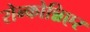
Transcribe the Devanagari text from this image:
रोन्कोन्निएर